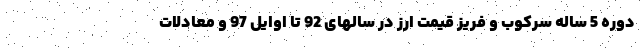
دوره 5 ساله سرکوب و فریز قیمت ارز در سالهای 92 تا اوایل 97 و معادلات